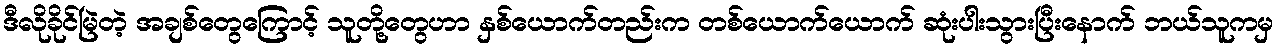
ဒီလိုခိုင်မြဲတဲ့ အချစ်တွေကြောင့် သူတို့တွေဟာ နှစ်ယောက်တည်းက တစ်ယောက်ယောက် ဆုံးပါးသွားပြီးနောက် ဘယ်သူကမှ